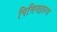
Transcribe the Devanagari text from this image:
पिसिसट्राटस